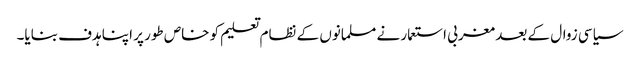
سیاسی زوال کے بعد مغربی استعمار نے مسلمانوں کے نظام تعلیم کو خاص طور پر اپنا ہدف بنایا۔